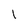
Character: 1